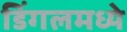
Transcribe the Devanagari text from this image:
डिंगलमध्ये